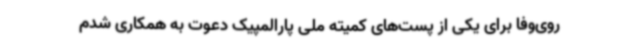
روی‌وفا برای یکی از پست‌های کمیته ملی پارالمپیک دعوت به همکاری شدم